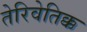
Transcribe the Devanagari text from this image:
तेरिवेतिक्क